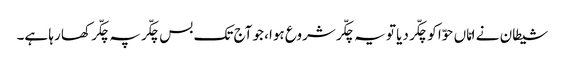
شیطان نے امّاں حوّا کو چکّر دیا تو یہ چکّر شروع ہوا، جو آج تک بس چکّر پہ چکّر کھا رہا ہے۔